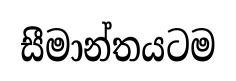
සීමාන්තයටම